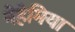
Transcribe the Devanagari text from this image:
नेहेमिया